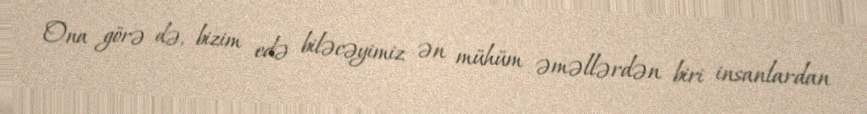
Ona görə də, bizim edə biləcəyimiz ən mühüm əməllərdən biri insanlardan